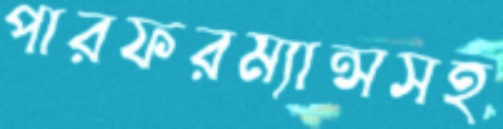
পারফরম্যান্সসহ